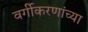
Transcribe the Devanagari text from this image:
वर्गीकरणांच्या